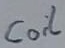
Text: Coil